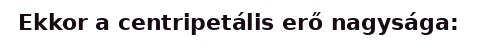
Ekkor a centripetális erő nagysága: